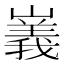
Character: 㠖